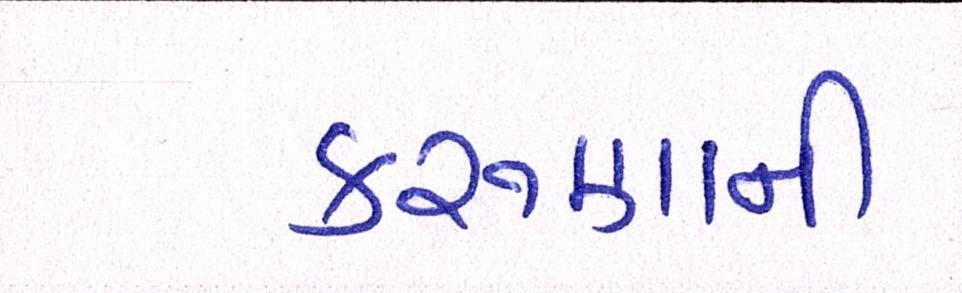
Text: કરુણાની